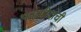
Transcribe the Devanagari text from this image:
फहमीदांची